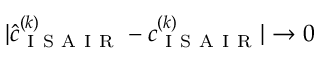
| \hat { c } _ { \mathrm { ~ I ~ S ~ A ~ I ~ R ~ } } ^ { ( k ) } - c _ { \mathrm { ~ I ~ S ~ A ~ I ~ R ~ } } ^ { ( k ) } | \to 0